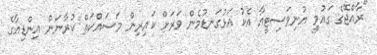
"ރާއްޖޭގެ ގައުމީ ޔުނިވަސިޓީއާ އެކު އަޅުގަނޑުމެން ވަރަށް ކައިރިން މަސައްކަތް ކުރާނަން އިންޑިއާގެ